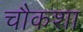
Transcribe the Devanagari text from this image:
चौकशा